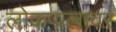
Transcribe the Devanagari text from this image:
लोकपालावर